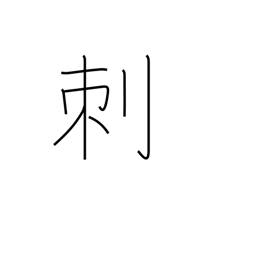
Meaning: thorn